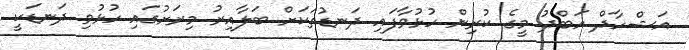
އަޝްހާދް އަބްދު މީގެ ކުރިން ހުޅުވާފައި ދަނޑުތަކަށް ބަލާއިރު މިރަށުގައި ހުޅުވި ދަނޑަކީ